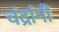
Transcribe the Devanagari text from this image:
चंद्रांनी